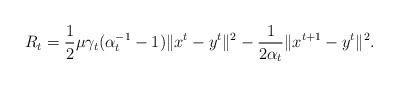
\begin{align*}R_t=\frac{1}{2}\mu\gamma_t(\alpha_t^{-1}-1)\|x^t-y^t\|^2-\frac{1}{2\alpha_t}\|x^{t+1}-y^t\|^2.\end{align*}